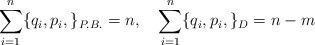
LaTeX: \begin{align*}\sum_{i =1}^{n}\{q_i, p_i, \}_{P.B.} = n, \quad\sum_{i =1}^{n}\{q_i, p_i, \}_{D}= {n-m}\end{align*}